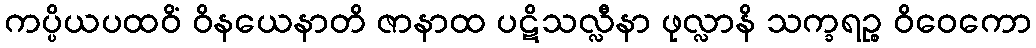
ကပ္ပိယပထဝိံ ဝိနယေနာတိ ဇာနာထ ပဋိသလ္လီနာ ဖုလ္လာနိ သက္ခရဉ္စ ဝိဝေကော